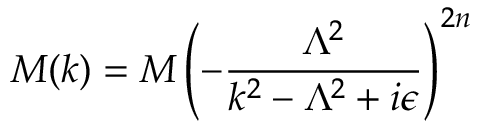
M ( k ) = M \left( - \frac { \Lambda ^ { 2 } } { k ^ { 2 } - \Lambda ^ { 2 } + i \epsilon } \right) ^ { 2 n }